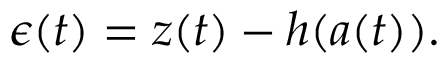
\boldsymbol { \epsilon } ( t ) = \boldsymbol { z } ( t ) - \boldsymbol { h } ( \boldsymbol { a } ( t ) ) .